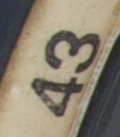
43